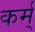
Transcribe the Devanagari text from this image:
कर्म्